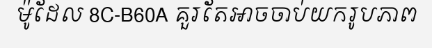
ម៉ូដែល 8C-B60A គួរតែអាចចាប់យករូបភាព